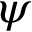
\psi